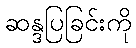
ဆန္ဒပြခြင်းကို